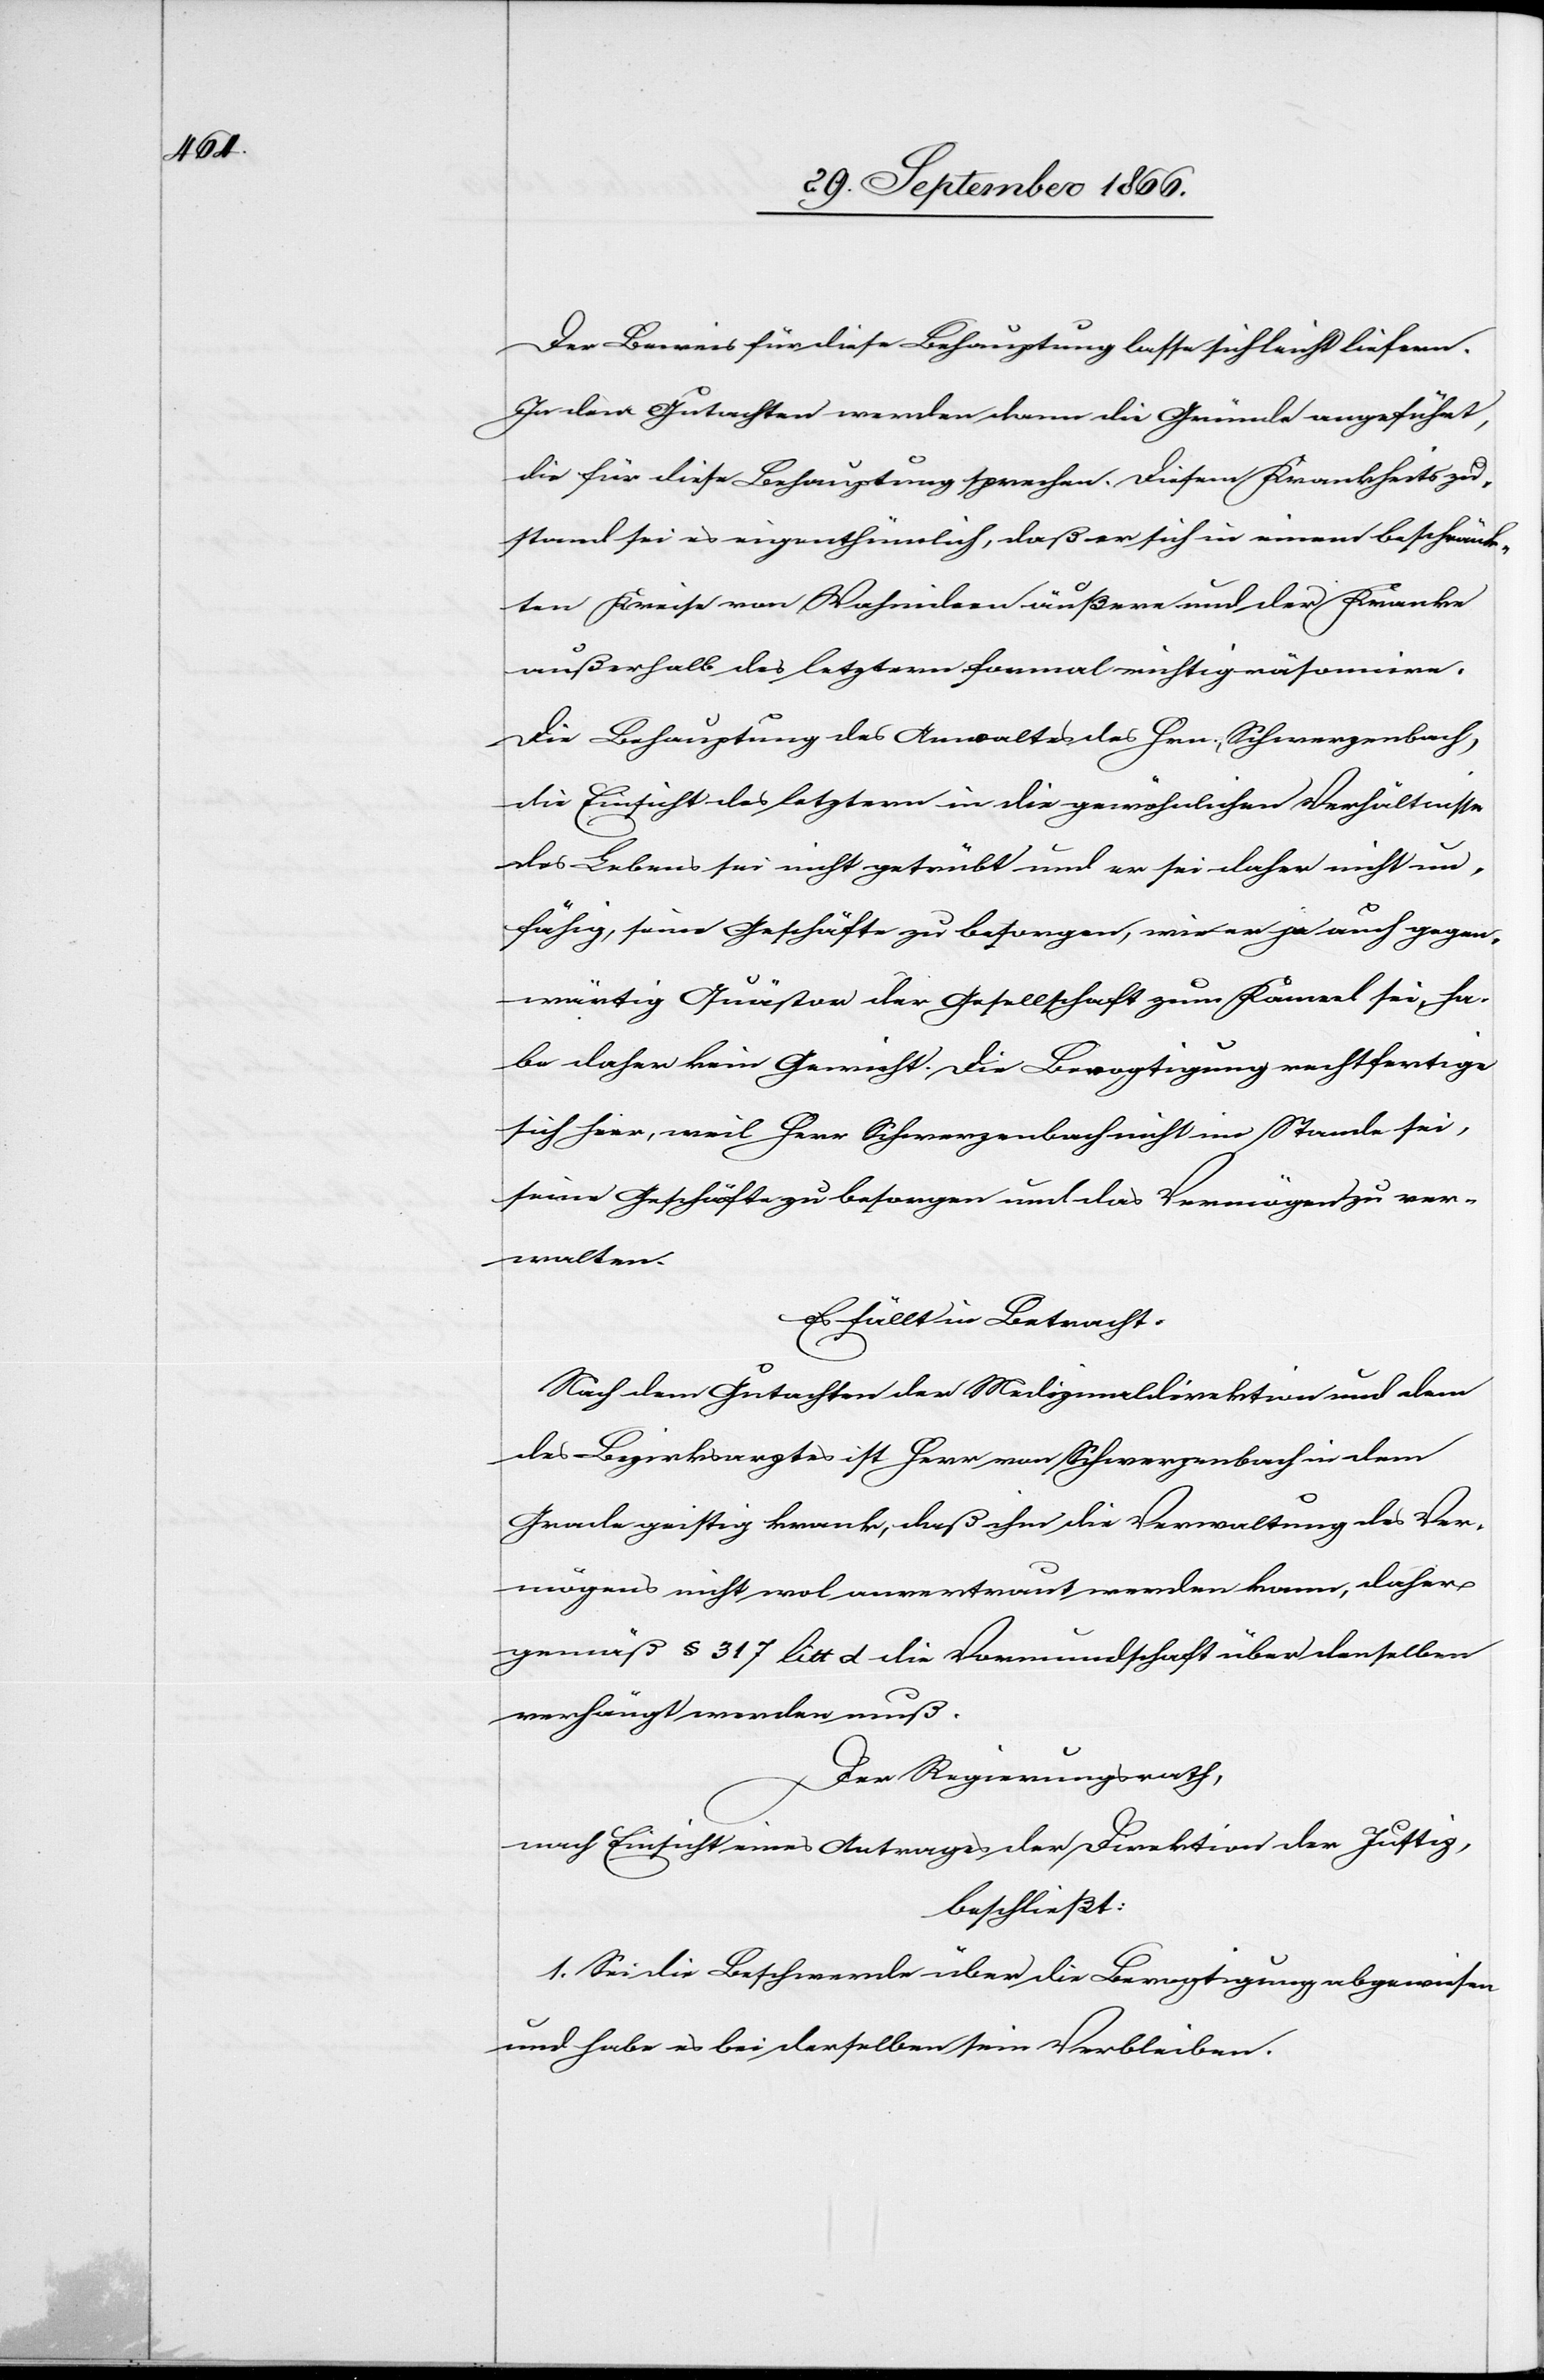
1.